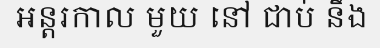
អន្តរកាល មួយ នៅ ជាប់ នឹង